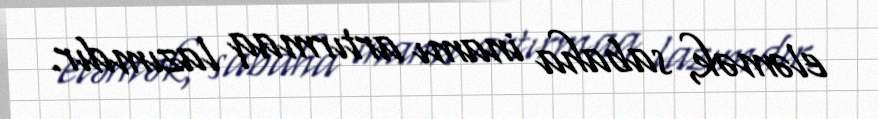
eləmək, sabaha inamı artırmaq lazımdır.